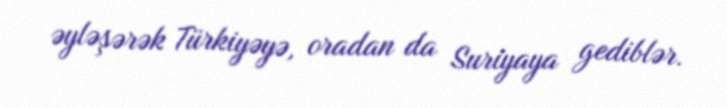
əyləşərək Türkiyəyə, oradan da Suriyaya gediblər.